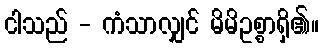
ငါသည် - ကံသာလျှင် မိမိဥစ္စာရှိ၏။